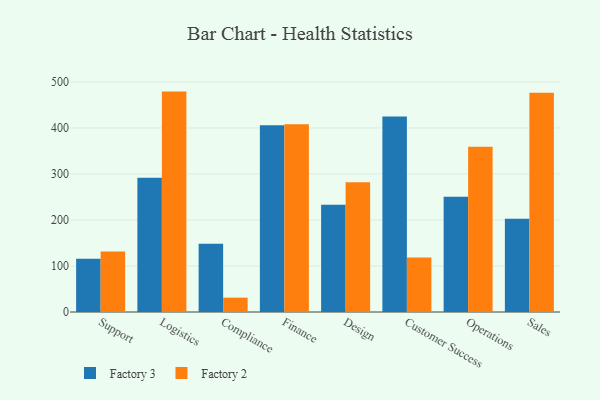
{"axis": {"x": "Department", "y": "Energy Usage (MWh)"}, "legend": ["Factory 2", "Factory 3"], "data": [{"x": "Support", "y": 115.8, "type": "Factory 3"}, {"x": "Support", "y": 131.3, "type": "Factory 2"}, {"x": "Logistics", "y": 291.6, "type": "Factory 3"}, {"x": "Logistics", "y": 479.0, "type": "Factory 2"}, {"x": "Compliance", "y": 148.1, "type": "Factory 3"}, {"x": "Compliance", "y": 31.2, "type": "Factory 2"}, {"x": "Finance", "y": 405.6, "type": "Factory 3"}, {"x": "Finance", "y": 407.8, "type": "Factory 2"}, {"x": "Design", "y": 232.9, "type": "Factory 3"}, {"x": "Design", "y": 281.9, "type": "Factory 2"}, {"x": "Customer Success", "y": 424.9, "type": "Factory 3"}, {"x": "Customer Success", "y": 118.2, "type": "Factory 2"}, {"x": "Operations", "y": 250.3, "type": "Factory 3"}, {"x": "Operations", "y": 358.9, "type": "Factory 2"}, {"x": "Sales", "y": 202.6, "type": "Factory 3"}, {"x": "Sales", "y": 476.6, "type": "Factory 2"}]}